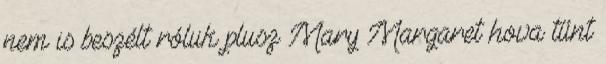
nem is beszélt róluk plusz Mary Margaret hova tűnt